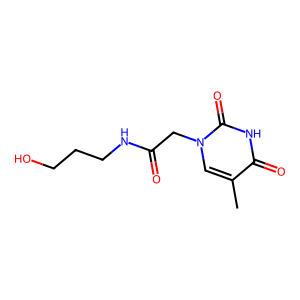
SMILES: Cc1cn(CC(=O)NCCCO)c(=O)[nH]c1=O
Inhibits HIV replication: No